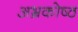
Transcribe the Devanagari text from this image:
अभ्रकोष्ठ